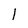
Character: 1